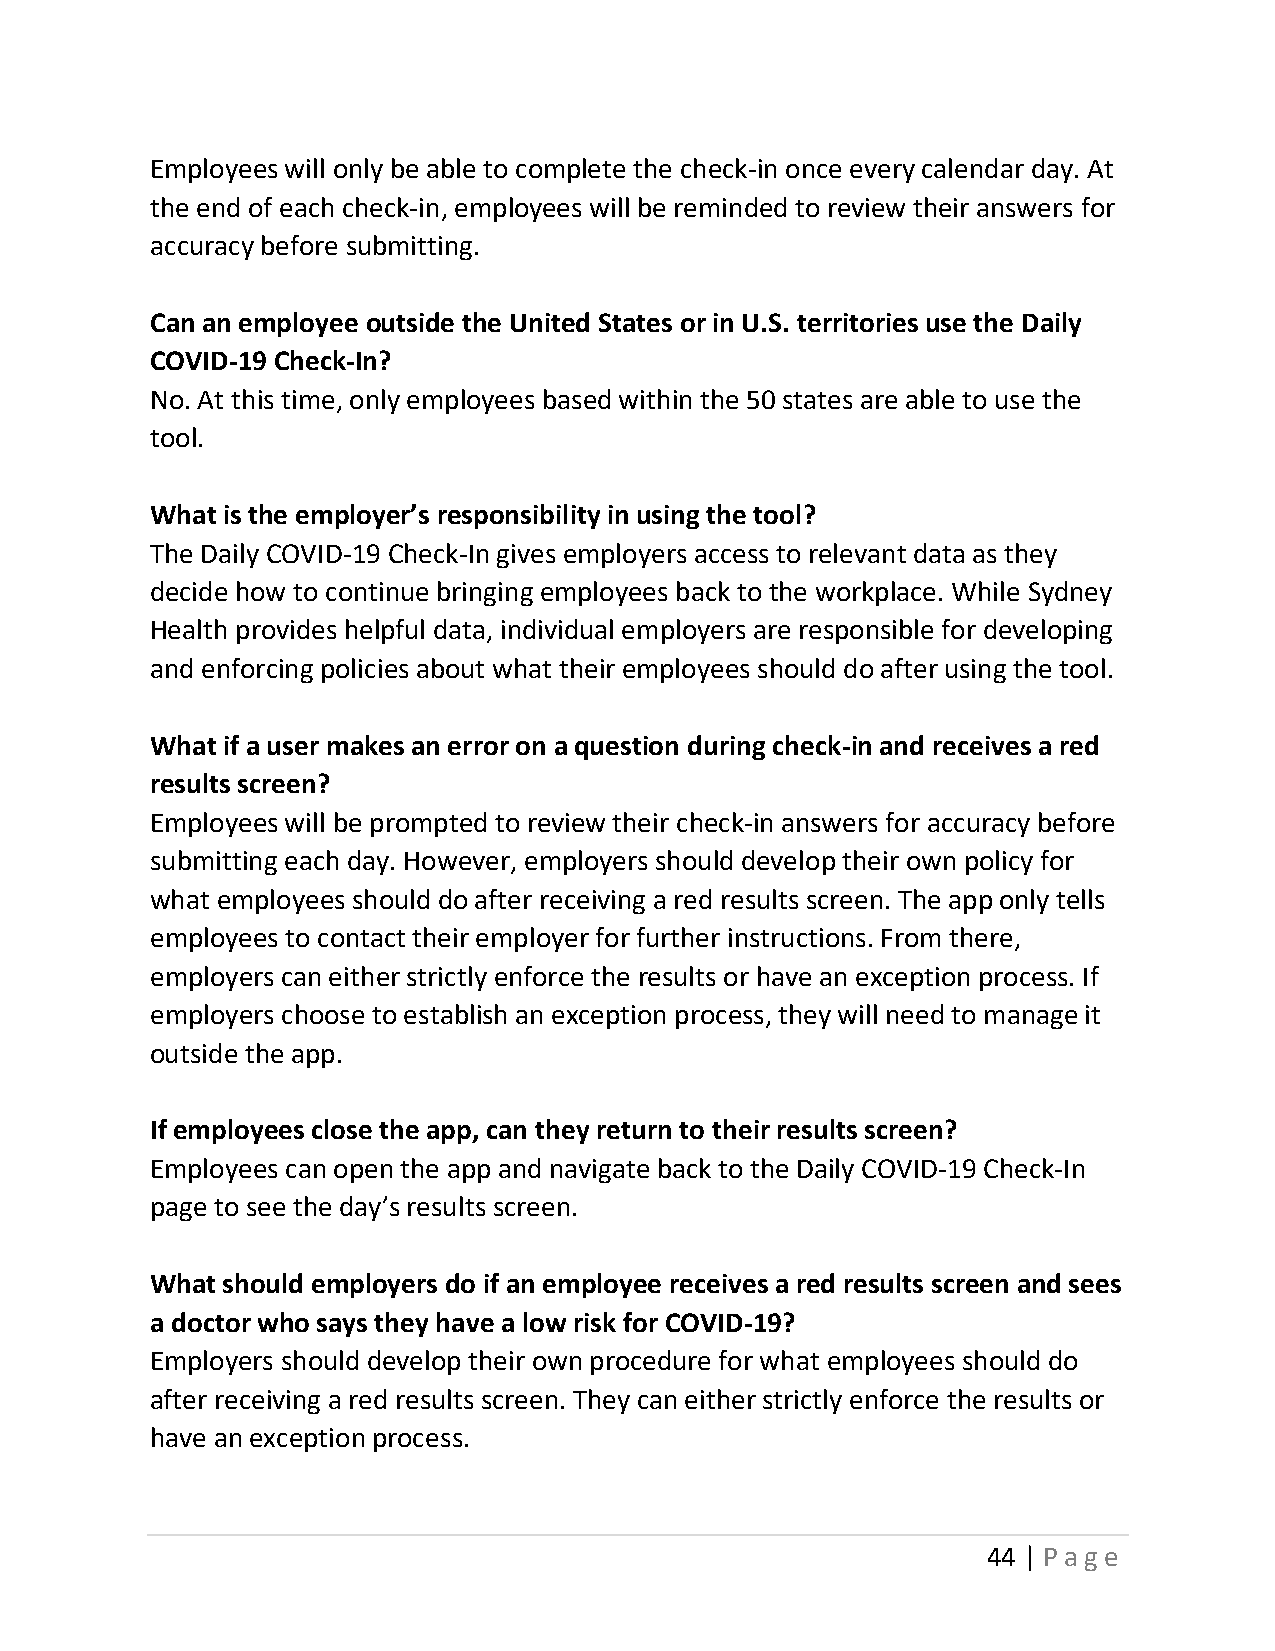
Employees will only be able to complete the check-in once every calendar day. At
 the end of each check-in, employees will be reminded to review their answers for
 accuracy before submitting.
 Can an employee outside the United States or in U.S. territories use the Daily
 COVID-19 Check-In?
 No. At this time, only employees based within the 50 states are able to use the
 tool.
 What is the employer’s responsibility in using the tool?
 The Daily COVID-19 Check-In gives employers access to relevant data as they
 decide how to continue bringing employees back to the workplace. While Sydney
 Health provides helpful data, individual employers are responsible for developing
 and enforcing policies about what their employees should do after using the tool.
 What if a user makes an error on a question during check-in and receives a red
 results screen?
 Employees will be prompted to review their check-in answers for accuracy before
 submitting each day. However, employers should develop their own policy for
 what employees should do after receiving a red results screen. The app only tells
 employees to contact their employer for further instructions. From there,
 employers can either strictly enforce the results or have an exception process. If
 employers choose to establish an exception process, they will need to manage it
 outside the app.
 If employees close the app, can they return to their results screen?
 Employees can open the app and navigate back to the Daily COVID-19 Check-In
 page to see the day’s results screen.
 What should employers do if an employee receives a red results screen and sees
 a doctor who says they have a low risk for COVID-19?
 Employers should develop their own procedure for what employees should do
 after receiving a red results screen. They can either strictly enforce the results or
 have an exception process.
 44 | Page